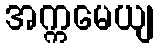
အက္ကမေယျ